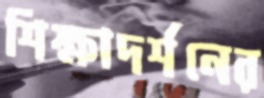
শিক্ষাদর্শনের